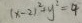
( x - 2 ) ^ { 2 } + y ^ { 2 } = 4